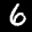
Label: 6